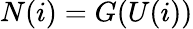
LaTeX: N(i)=G(U(i))